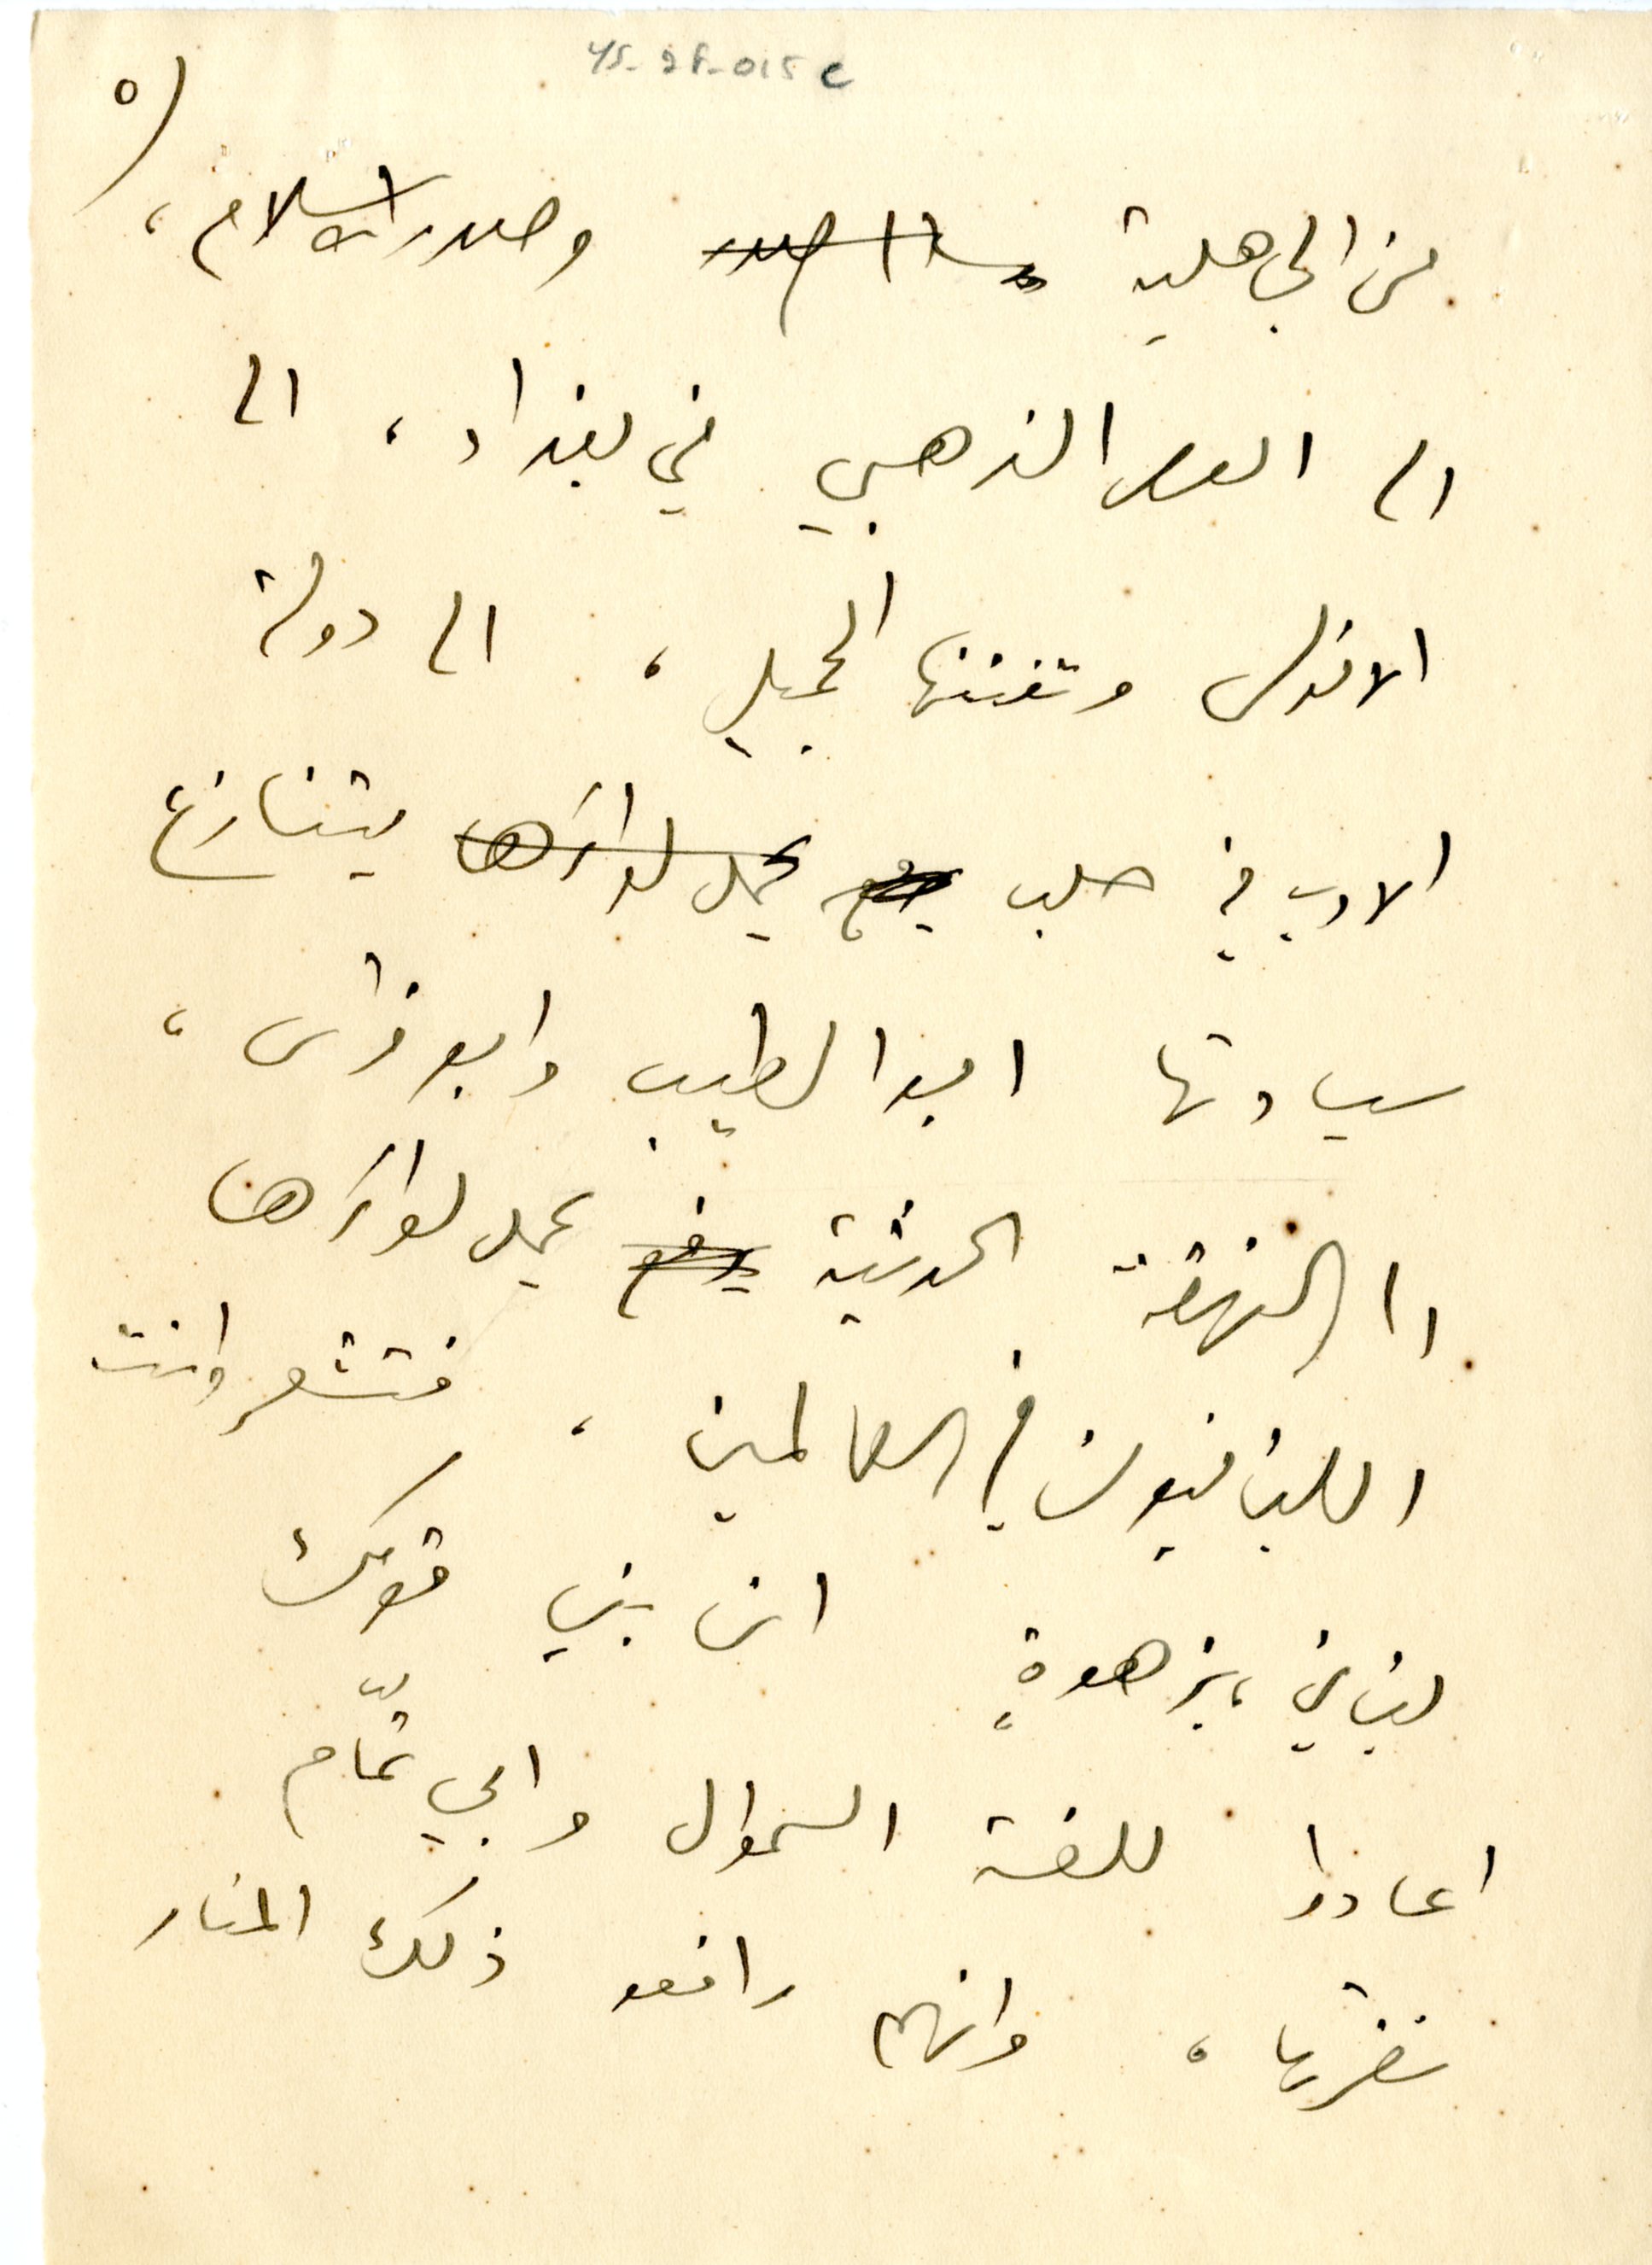
٥	YS_2F_015e
من الجاهلية وصدر الاسلام،
الى العصر الذهبي في بغداد، الى
الاندلس وتفننها الجميل، الى دولة
الادب في حلب يتنازع
سيادتها ابوا الطيب وابو فراس،
الى النهضة الحديثة يحمل لواءَها
اللبنانيون في العالمين. فتشعر وانت
لبناني، بزهوةٍ ان بني قومك
اعادوا للغة السموال وابي تمّام
نضرتها، وانهم رافعو ذلك المنار